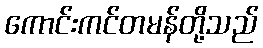
ကောင်းကင်တမန်တို့သည်